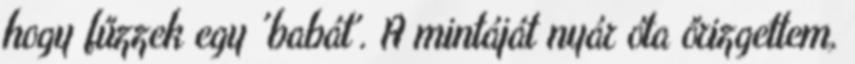
hogy fűzzek egy 'babát'. A mintáját nyár óta őrizgettem,